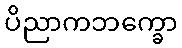
ပိညာကဘက္ခော